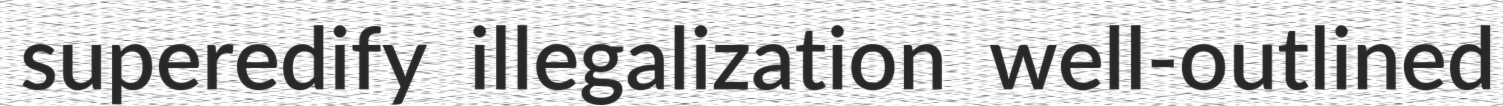
superedify illegalization well-outlined